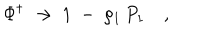
LaTeX: \Phi ^ { \dagger } \ \to \ 1 \ - \ \rho _ { 1 } \, P _ { 1 } \quad ,